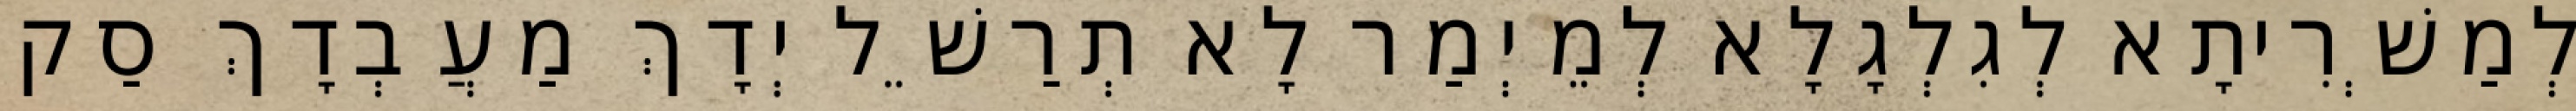
לְמַשְׁרִיתָא לְגִלְגָלָא לְמֵיְמַר לָא תְרַשֵׁל יְדָךְ מַעֲבְדָךְ סַק